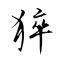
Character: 猝